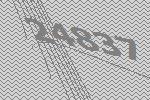
24837